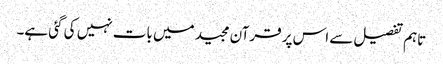
تاہم تفصیل سے اس پر قرآن مجید میں بات نہیں کی گئی ہے۔